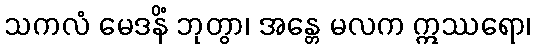
သကလံ မေဒနိံ ဘုတွာ၊ အန္တေ မလက ဣဿရော၊